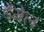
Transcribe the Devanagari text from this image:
डेंगेल